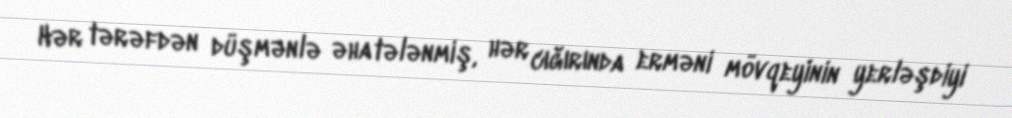
Hər tərəfdən düşmənlə əhatələnmiş, hər cığırında erməni mövqeyinin yerləşdiyi